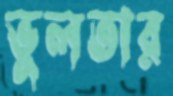
ভুলতার